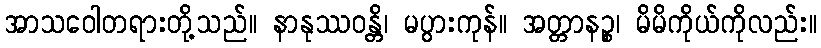
အာသဝေါတရားတို့သည်။ နာနုဿဝန္တိ၊ မပွားကုန်။ အတ္တာနဉ္စ၊ မိမိကိုယ်ကိုလည်း။